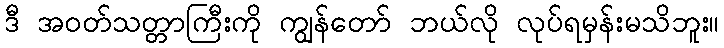
ဒီ အဝတ်သတ္တာကြီးကို ကျွန်တော် ဘယ်လို လုပ်ရမှန်းမသိဘူး။